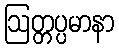
ဩတ္တပ္ပမာနာ